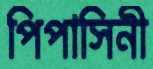
পিপাসিনী